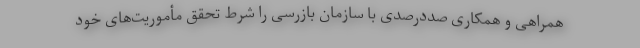
همراهی و همکاری صددرصدی با سازمان بازرسی را شرط تحقق مأموریت‌های خود